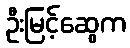
ဦးမြင့်ဆွေက